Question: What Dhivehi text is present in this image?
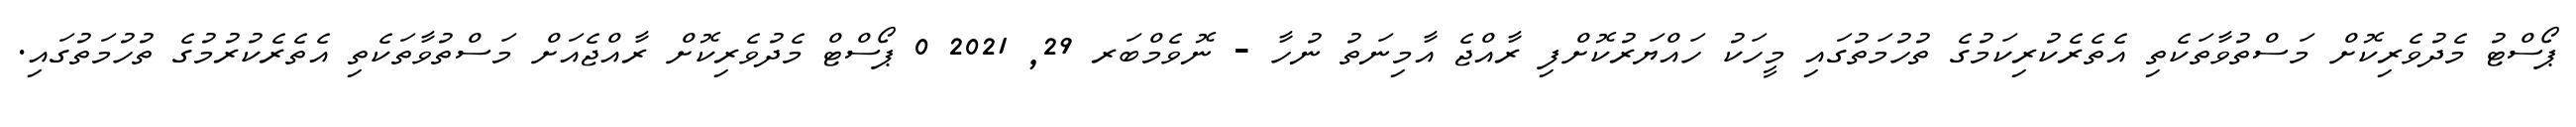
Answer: ޕޯސްޓު މެދުވެރިކޮށް މަސްތުވާތަކެތި އެތެރެކުރިކަމުގެ ތުހުމަތުގައި މީހަކު ހައްޔަރުކޮށްފި ރާއްޖެ އާމިނަތު ނުހާ - ނޮވެމްބަރ 29, 2021 0 ޕޯސްޓް މެދުވެރިކޮށް ރާއްޖެއަށް މަސްތުވާތަކެތި އެތެރެކުރުމުގެ ތުހުމަތުގައި.